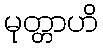
မုတ္တာဟိ